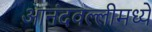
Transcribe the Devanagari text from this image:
आनंदवल्लीमध्ये